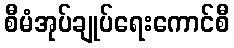
စီမံအုပ်ချုပ်ရေးကောင်စီ